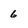
Character: 6